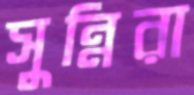
সুন্নিরা